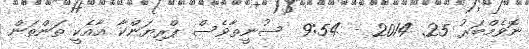
ނޮވެމްބަރު 25